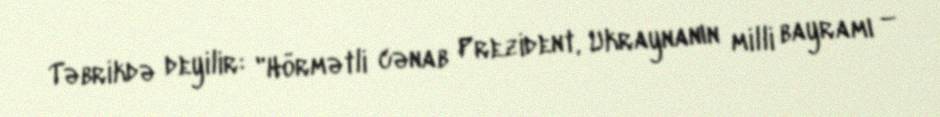
Təbrikdə deyilir: "Hörmətli cənab Prezident, Ukraynanın milli bayramı –